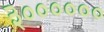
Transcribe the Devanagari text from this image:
३००००००